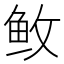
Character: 𱇕